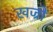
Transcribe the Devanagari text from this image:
खज्रों